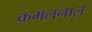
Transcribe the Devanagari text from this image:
कमलनाल